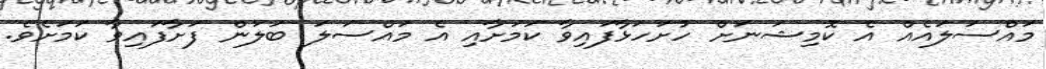
މައްސަލައެއް އެ ކޮމިޝަނަށް ހުށަހަޅާފައިވާ ކަމަށާއި އެ މައްސަލަ ބަލަަން ފަށާފައިވާ ކަމަށެވެ.